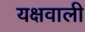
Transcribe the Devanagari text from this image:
यक्षवाली